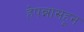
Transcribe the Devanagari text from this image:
हेपन्नासहून